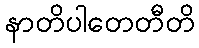
နာတိပါတေတီတိ